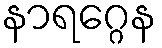
နာရဂ္ဂေန